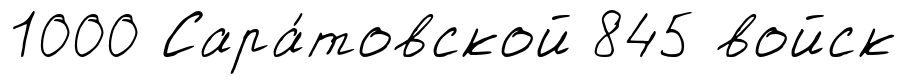
1000 Сара́товской 845 войск